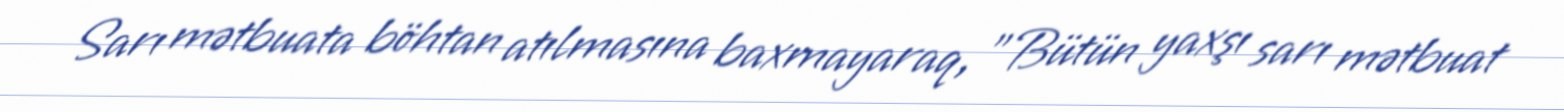
Sarı mətbuata böhtan atılmasına baxmayaraq, "Bütün yaxşı sarı mətbuat